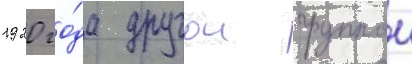
1920 го́да другои группои